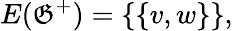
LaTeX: E(\mathfrak{G}^{+})=\{ \{ v,w\} \} ,